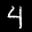
Label: 4